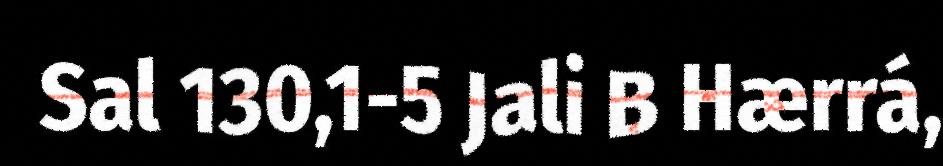
Sal 130,1-5 Jali B Hærrá,